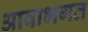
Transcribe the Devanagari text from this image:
आवाभगत